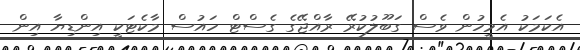
އެކަމަކު އެމީހުން ވެސް ގަބޫލުކުރޭ ރާއްޖޭގެ ގެސްޓް ހައުސް މާކެޓަކީ އިންޑިޔާ އިން